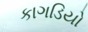
કાગડિયો